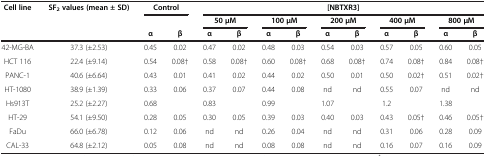
| Cell line | SF2 values (mean ± SD) | <COLSPAN=2> Control | <COLSPAN=10> [NBTXR3] |
 |  |  |  |  | <COLSPAN=2> 50 μM | <COLSPAN=2> 100 μM | <COLSPAN=2> 200 μM | <COLSPAN=2> 400 μM | <COLSPAN=2> 800 μM |
 |  |  | α | β | α | β | α | β | α | β | α | β | α | β |
 | --- | --- | --- | --- | --- | --- | --- | --- | --- | --- | --- | --- | --- | --- |
 | 42-MG-BA | 37.3 (±2.53) | 0.45 | 0.02 | 0.47 | 0.02 | 0.48 | 0.03 | 0.54 | 0.03 | 0.57 | 0.05 | 0.60 | 0.05 |
 | HCT 116 | 22.4 (±9.14) | 0.54 | 0.08† | 0.58 | 0.08† | 0.60 | 0.08† | 0.68 | 0.08† | 0.74 | 0.08† | 0.84 | 0.08† |
 | PANC-1 | 40.6 (±6.64) | 0.43 | 0.01 | 0.41 | 0.02 | 0.44 | 0.02 | 0.50 | 0.01 | 0.50 | 0.02† | 0.51 | 0.02† |
 | HT-1080 | 38.9 (±1.39) | 0.33 | 0.06 | 0.37 | 0.07 | 0.44 | 0.08 | nd | nd | 0.55 | 0.07 | nd | nd |
 | Hs913T | 25.2 (±2.27) | 0.68 |  | 0.83 |  | 0.99 |  | 1.07 |  | 1.2 |  | 1.38 |  |
 | HT-29 | 54.1 (±9.50) | 0.28 | 0.05 | 0.30 | 0.05 | 0.39 | 0.03 | 0.40 | 0.03 | 0.43 | 0.05† | 0.46 | 0.05† |
 | FaDu | 66.0 (±6.78) | 0.12 | 0.06 | nd | nd | 0.26 | 0.04 | nd | nd | 0.31 | 0.06 | 0.28 | 0.09 |
 | CAL-33 | 64.8 (±2.12) | 0.05 | 0.08 | nd | nd | 0.08 | 0.08 | nd | nd | 0.16 | 0.07 | 0.16 | 0.09 |